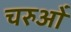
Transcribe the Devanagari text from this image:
चरुओं